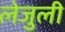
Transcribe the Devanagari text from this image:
लेजुली